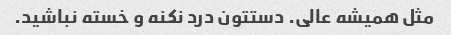
مثل همیشه عالی. دستتون درد نکنه و خسته نباشید.